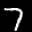
Label: 7